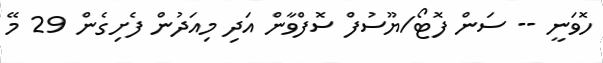
ހޮވަނީ -- ސަން ފޮޓޯ/ޔޫސުފް ސޮފްވާން އަދި މިއަދުން ފެށިގެން 29 މޭ